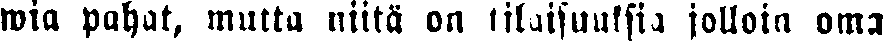
wia pahat, mutta niitä on tilaisuuksia jolloin oma